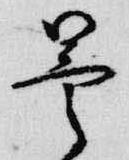
曇